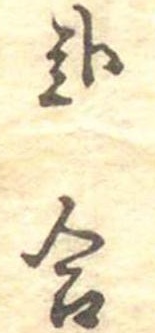
弐合